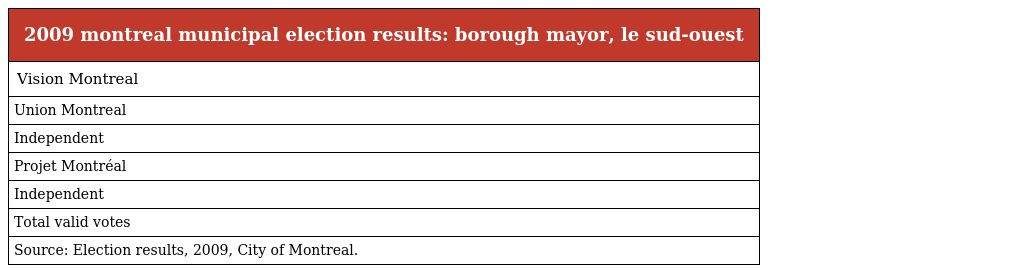
| 2009 montreal municipal election results: borough mayor, le sud-ouest |
 | --- |
 | Vision Montreal |
 | Union Montreal |
 | Independent |
 | Projet Montréal |
 | Independent |
 | Total valid votes |
 | Source: Election results, 2009, City of Montreal. |